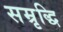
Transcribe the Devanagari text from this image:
सम्रृद्धि